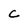
Character: C